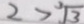
2 > \sqrt [ 3 ] { 3 }